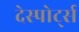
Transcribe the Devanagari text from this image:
देस्पोर्ट्स